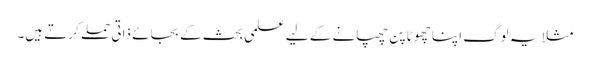
مثلاَ یہ لوگ اپنا چھوٹا پن چھپانے کے لیے علمی بحث کے بجائے ذاتی حملے کرتے ہیں۔